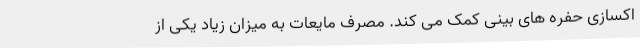
اکسازی حفره های بینی کمک می کند. مصرف مایعات به میزان زیاد یکی از